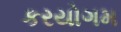
કરયોગમ